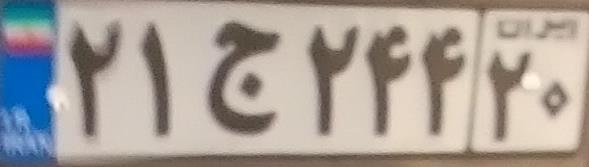
۲۱ج۲۴۴۲۰